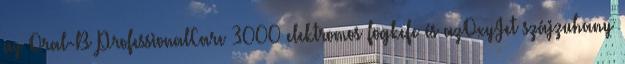
az Oral-B ProfessionalCare 3000 elektromos fogkefe és azOxyJet szájzuhany